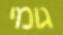
גומי